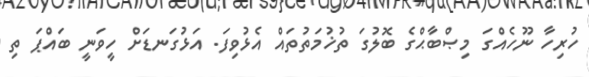
ހުރިހާ ނޫހެއްގަ މިޞްބާޙްގެ ބޮލުގަ ތުޚުމަތުތައް އެޅުވިފަ. އަޅުގަނޑަށް ހީވަނީ ބައްޕަ ތި